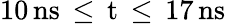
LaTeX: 10\, \mathrm{{ns}\, \leq\, t\, \leq\, 17\, \mathrm{{ns}}}